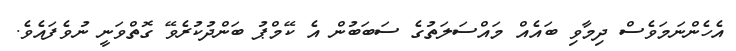
އެހެންނަމަވެސް ދިމާވި ބައެއް މައްސަލަތުގެ ސަބަބުން އެ ކޭމްޕު ބަންދުކުރެވޭ ގޮތްވަނީ ނުވެފައެވެ.